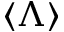
\langle \Lambda \rangle